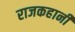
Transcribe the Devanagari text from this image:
राजकहानी